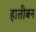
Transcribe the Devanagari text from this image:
हात्तीबन